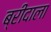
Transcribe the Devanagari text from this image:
ब्रीदाला